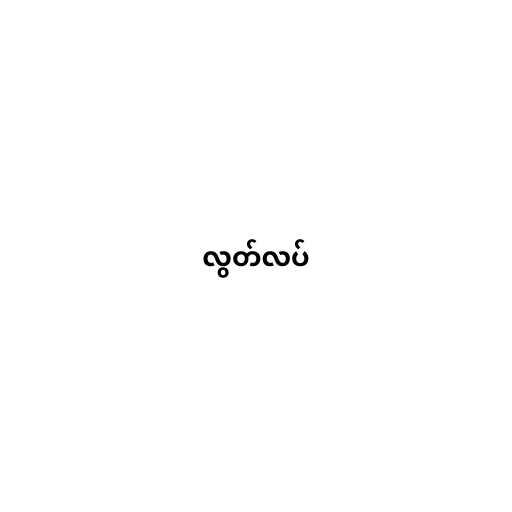
လွတ်လပ်